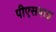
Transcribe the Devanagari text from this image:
पीएसवाइ